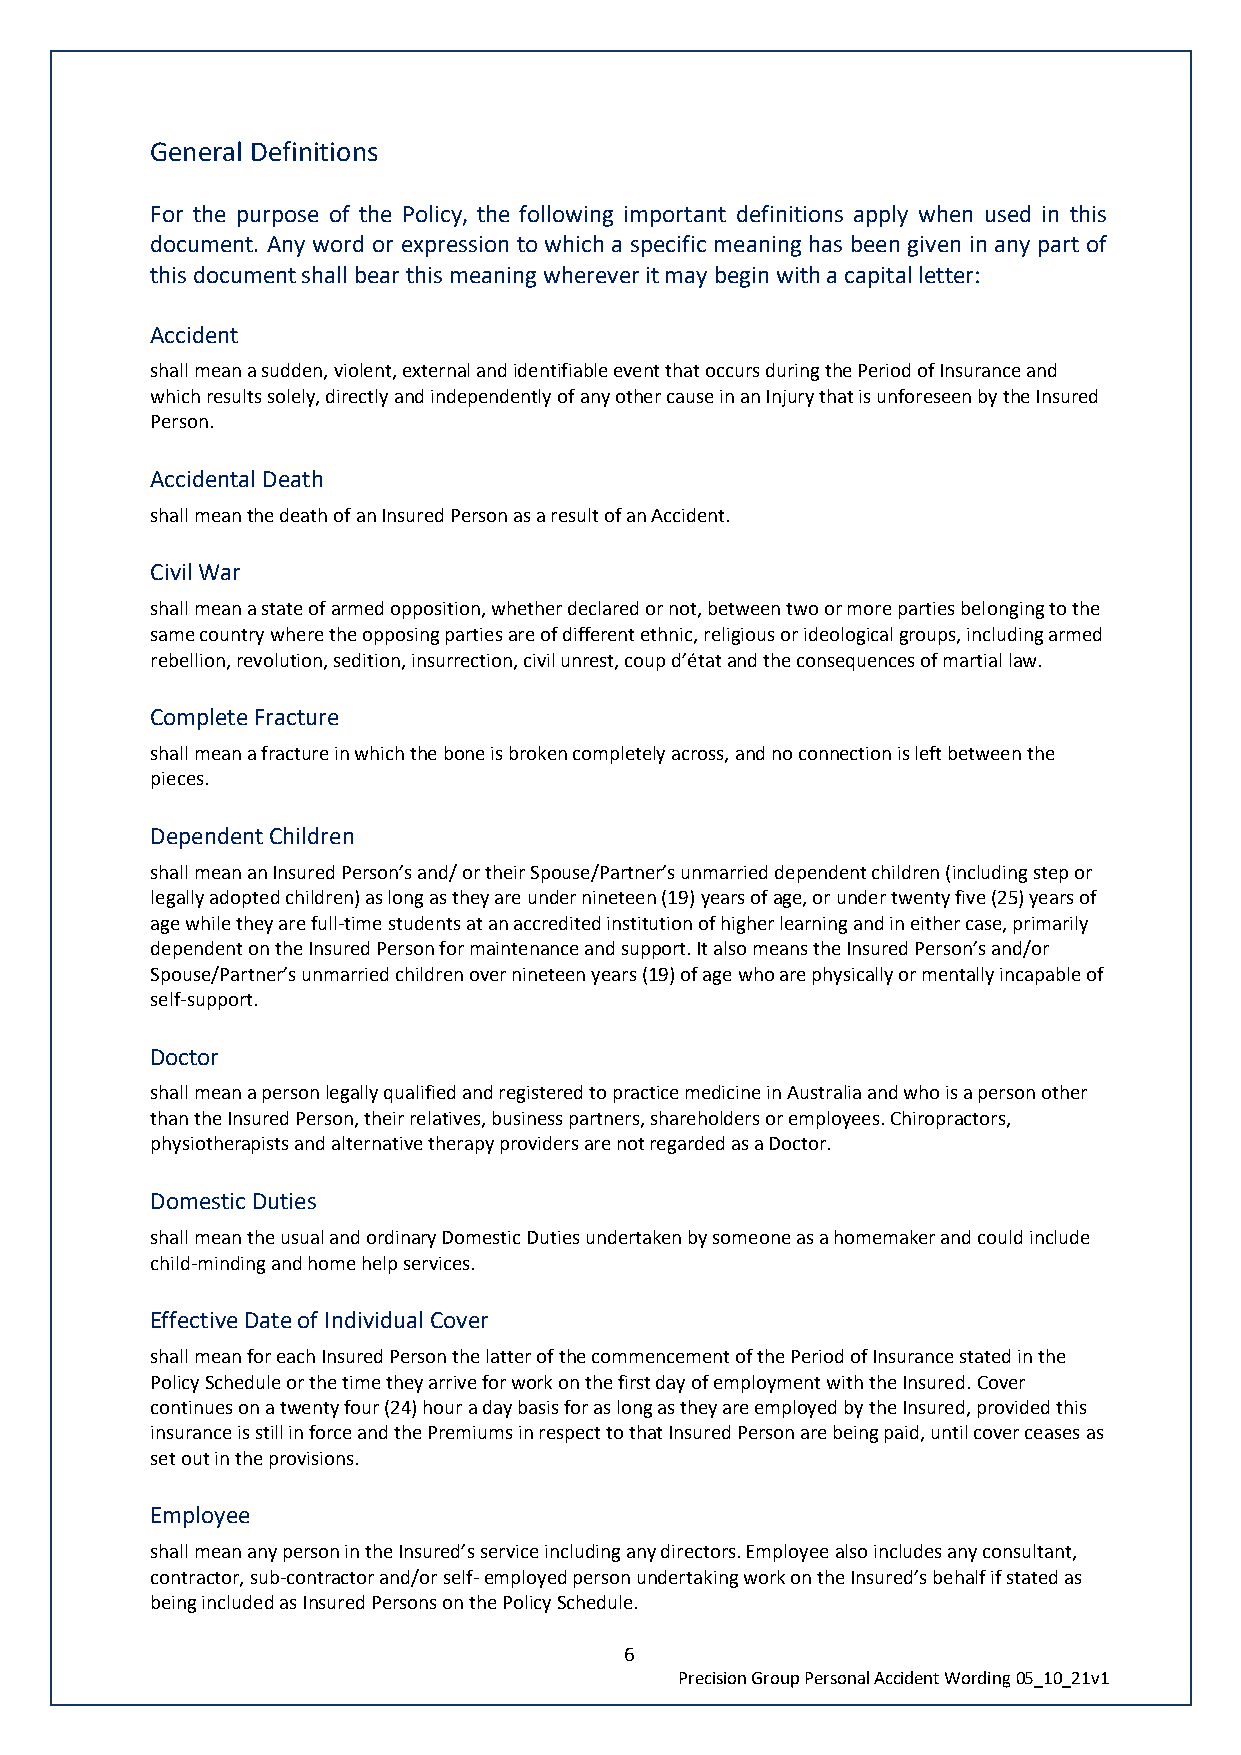
General Definitions
 For the purpose of the Policy, the following important definitions apply when used in this
 document. Any word or expression to which a specific meaning has been given in any part of
 this document shall bear this meaning wherever it may begin with a capital letter:
 Accident
 shall mean a sudden, violent, external and identifiable event that occurs during the Period of Insurance and
 which results solely, directly and independently of any other cause in an Injury that is unforeseen by the Insured
 Person.
 Accidental Death
 shall mean the death of an Insured Person as a result of an Accident.
 Civil War
 shall mean a state of armed opposition, whether declared or not, between two or more parties belonging to the
 same country where the opposing parties are of different ethnic, religious or ideological groups, including armed
 rebellion, revolution, sedition, insurrection, civil unrest, coup d’état and the consequences of martial law.
 Complete Fracture
 shall mean a fracture in which the bone is broken completely across, and no connection is left between the
 pieces.
 Dependent Children
 shall mean an Insured Person’s and/ or their Spouse/Partner’s unmarried dependent children (including step or
 legally adopted children) as long as they are under nineteen (19) years of age, or under twenty five (25) years of
 age while they are full-time students at an accredited institution of higher learning and in either case, primarily
 dependent on the Insured Person for maintenance and support. It also means the Insured Person’s and/or
 Spouse/Partner’s unmarried children over nineteen years (19) of age who are physically or mentally incapable of
 self-support.
 Doctor
 shall mean a person legally qualified and registered to practice medicine in Australia and who is a person other
 than the Insured Person, their relatives, business partners, shareholders or employees. Chiropractors,
 physiotherapists and alternative therapy providers are not regarded as a Doctor.
 Domestic Duties
 shall mean the usual and ordinary Domestic Duties undertaken by someone as a homemaker and could include
 child-minding and home help services.
 Effective Date of Individual Cover
 shall mean for each Insured Person the latter of the commencement of the Period of Insurance stated in the
 Policy Schedule or the time they arrive for work on the first day of employment with the Insured. Cover
 continues on a twenty four (24) hour a day basis for as long as they are employed by the Insured, provided this
 insurance is still in force and the Premiums in respect to that Insured Person are being paid, until cover ceases as
 set out in the provisions.
 Employee
 shall mean any person in the Insured’s service including any directors. Employee also includes any consultant,
 contractor, sub-contractor and/or self- employed person undertaking work on the Insured’s behalf if stated as
 being included as Insured Persons on the Policy Schedule.
 6
 Precision Group Personal Accident Wording 05_10_21v1